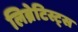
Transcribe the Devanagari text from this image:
लिब्रेटिस्ट्स